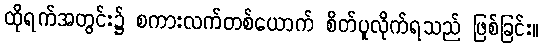
ထိုရက်အတွင်း၌ စကားလက်တစ်ယောက် စိတ်ပူလိုက်ရသည် ဖြစ်ခြင်း။